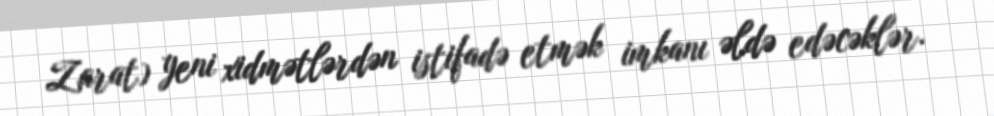
Zarat) yeni xidmətlərdən istifadə etmək imkanı əldə edəcəklər.